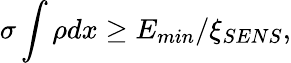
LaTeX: \sigma\int{\rho dx}\geq E_{min}/\xi_{SENS},